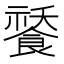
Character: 𩜸